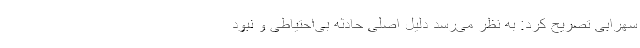
سهرابی تصریح کرد: به نظر می‌رسد دلیل اصلی حادثه بی‌احتیاطی و نبود